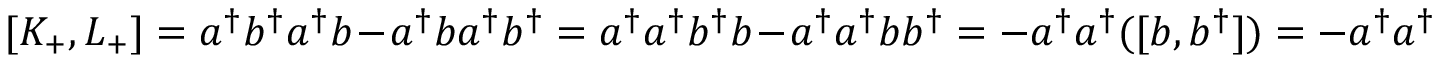
[ K _ { + } , L _ { + } ] = a ^ { \dagger } b ^ { \dagger } a ^ { \dagger } b - a ^ { \dagger } b a ^ { \dagger } b ^ { \dagger } = a ^ { \dagger } a ^ { \dagger } b ^ { \dagger } b - a ^ { \dagger } a ^ { \dagger } b b ^ { \dagger } = - a ^ { \dagger } a ^ { \dagger } ( [ b , b ^ { \dagger } ] ) = - a ^ { \dagger } a ^ { \dagger }